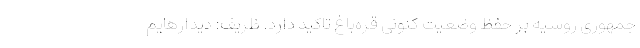
جمهوری روسیه بر حفظ وضعیت کنونی قره‌باغ تاکید دارد. ظریف: دیدارهایم